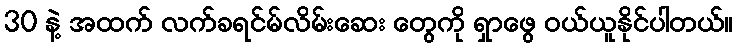
30 နဲ့ အထက် လက်ခရင်မ်လိမ်းဆေး တွေကို ရှာဖွေ ဝယ်ယူနိုင်ပါတယ်။